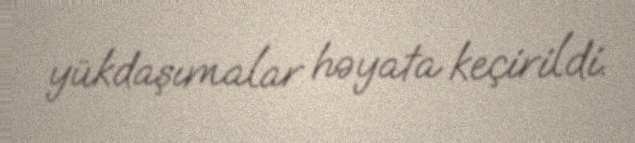
yükdaşımalar həyata keçirildi.